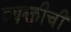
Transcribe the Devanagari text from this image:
व्यक्तीचीं